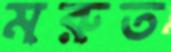
মরুত